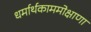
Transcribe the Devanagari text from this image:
धर्मार्थकाममोक्षाणा